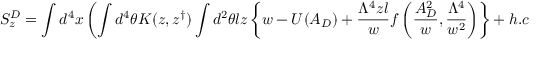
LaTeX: S _ { z } ^ { D } = \int d ^ { 4 } x \left( \int d ^ { 4 } \theta K ( z , z ^ { \dagger } ) \int d ^ { 2 } \theta l z \left\{ w - U ( A _ { D } ) + \frac { \Lambda ^ { 4 } z l } { w } f \left( \frac { A _ { D } ^ { 2 } } { w } , \frac { \Lambda ^ { 4 } } { w ^ { 2 } } \right) \right\} + h . c . \right)